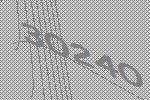
30240